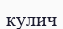
кулич